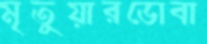
মৃতুয়ারডোবা